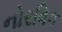
નોરવિક